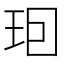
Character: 𤤨